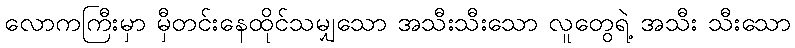
လောကကြီးမှာ မှီတင်းနေထိုင်သမျှသော အသီးသီးသော လူတွေရဲ့ အသီး သီးသော